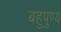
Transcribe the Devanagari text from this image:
बहुपुण्य